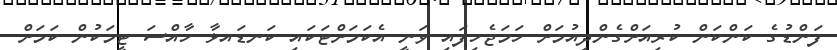
ފަންޑުގެ ކަންކަން ކުރިއަށްގެންދިއުމަށް ހަމަޖެހިފައި ވަނީ އެކަމަށްޓަކައި ކަނޑައޅާ ހާއްސަ ޓީމަކުން ކަމަށް